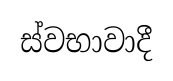
ස්වභාවාදී